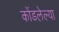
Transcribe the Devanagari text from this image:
कोंडलेल्या